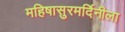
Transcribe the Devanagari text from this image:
महिषासुरमर्दिनीला